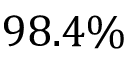
9 8 . 4 \%